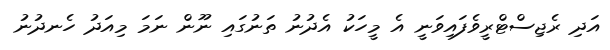
އަދި ރެޖިސްޓްރީވެފައިވަނީ އެ މީހަކު އެދުނު ތަނުގައި ނޫން ނަމަ މިއަދު ހެނދުނު